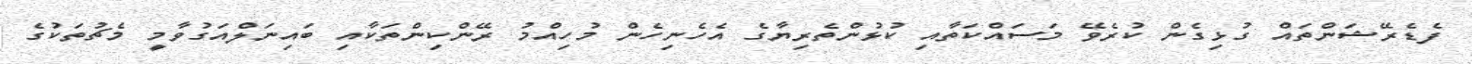
ފެޑެރޭޝަންތައް ގުޅިގެން ކުރެވޭ މަސައްކަތާއި ކުޅުންތެރިޔާގެ އެހެނިހެން މުހިއްމު ރޭންކިންތަކާއި ބައިނަލްއަގުވާމީ މެޗުތަކުގެ